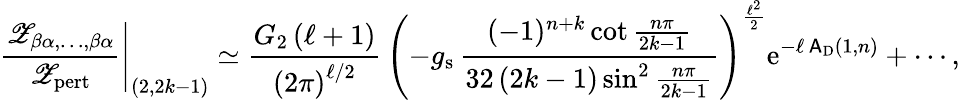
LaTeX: \left.\frac{{\mathscr Z}_{\beta\alpha,\ldots,\beta\alpha}}{{\mathscr Z}_{\mathrm{pert}}}\right|_{(2,2k-1)}\simeq\frac{G_{2}\left(\ell+1\right)}{\left(2\pi\right)^{\ell/2}}\, \left(-g_{\mathrm{s}}\, \frac{(-1)^{n+k}\cot\frac{n\pi}{2k-1}}{32\left(2k-1\right)\sin^{2}\frac{n\pi}{2k-1}}\right)^{\frac{\ell^{2}}{2}}{\mathrm{e}}^{-\ell\, \mathsf{A}_{\mathrm{D}}(1,n)}+\cdots,